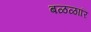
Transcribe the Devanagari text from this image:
बळळारि